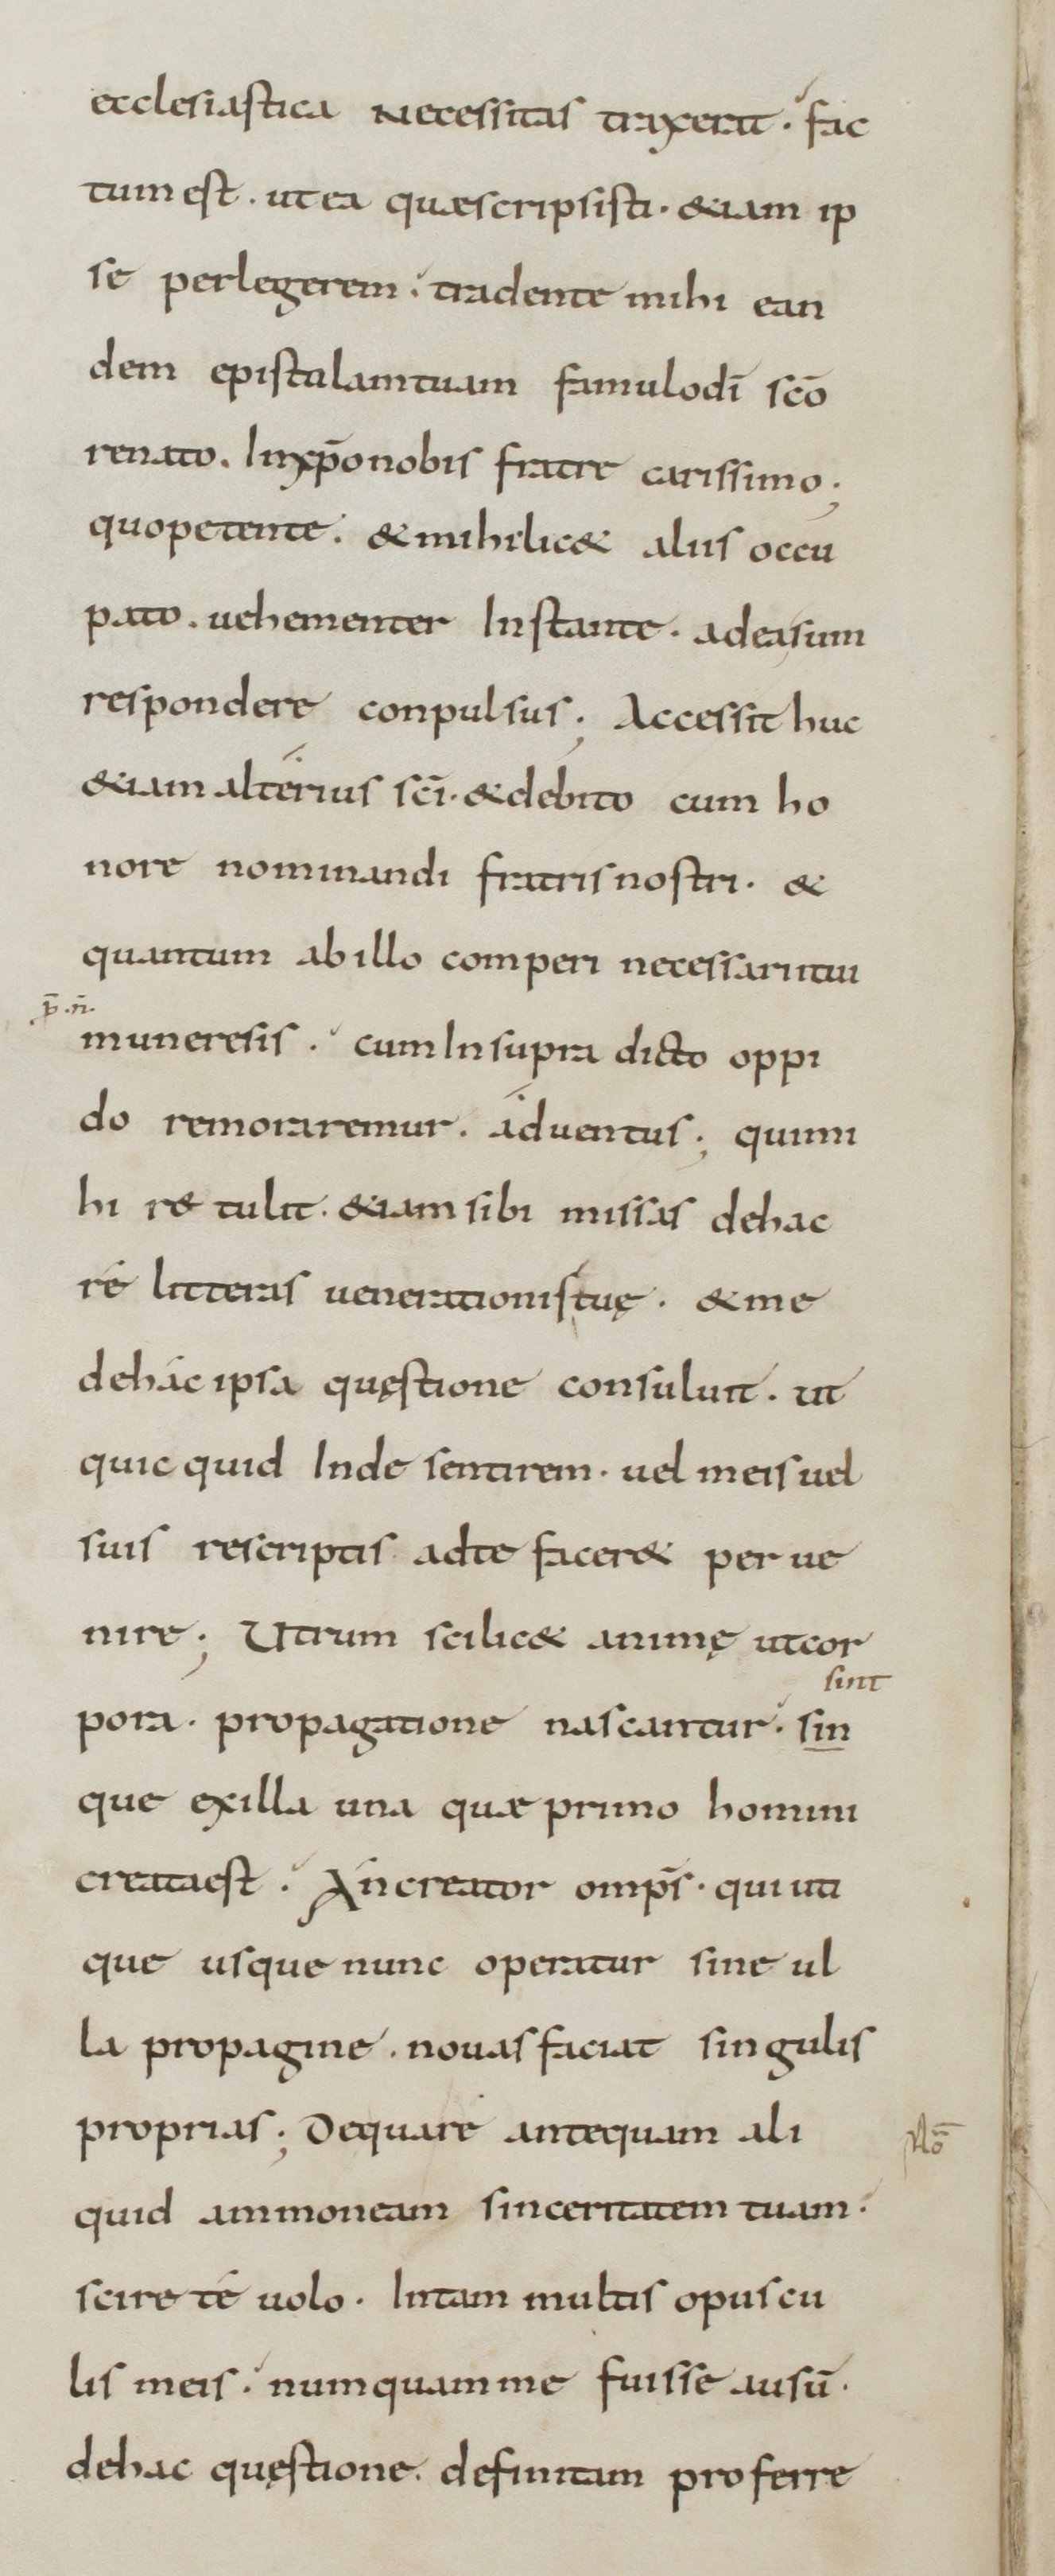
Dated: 800–899